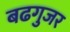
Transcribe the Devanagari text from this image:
बढगुजर